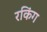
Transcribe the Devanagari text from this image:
रकिंग